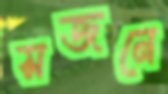
সজনে